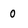
Character: 0